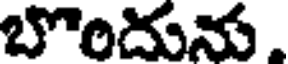
బొందును.